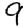
Digit: 9